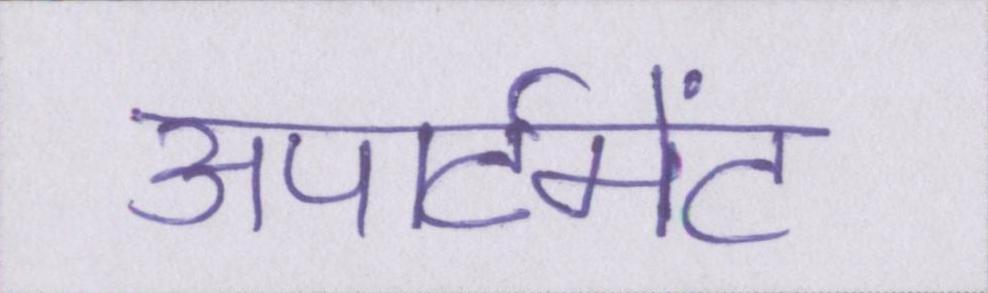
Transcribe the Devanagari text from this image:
अपार्टमेंट